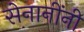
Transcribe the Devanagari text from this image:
सेनानींनी